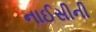
નાઈસીની